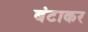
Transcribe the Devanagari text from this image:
बंटाकर